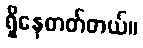
ရှိနေတတ်တယ်။